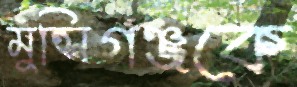
মুন্সিগঞ্জকে